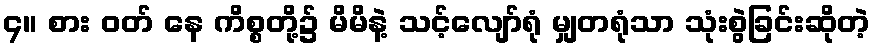
၄။ စား ဝတ် နေ ကိစ္စတို့၌ မိမိနဲ့ သင့်လျော်ရုံ မျှတရုံသာ သုံးစွဲခြင်းဆိုတဲ့